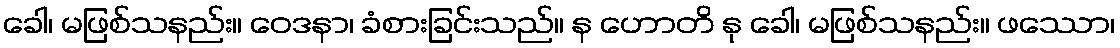
ခေါ၊ မဖြစ်သနည်း။ ဝေဒနာ၊ ခံစားခြင်းသည်။ န ဟောတိ နု ခေါ၊ မဖြစ်သနည်း။ ဖဿော၊